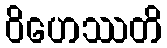
ဝိဟေဿတိ